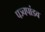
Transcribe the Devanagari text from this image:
पञ्चपांडव